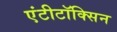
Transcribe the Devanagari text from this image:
एंटीटॉक्सिन